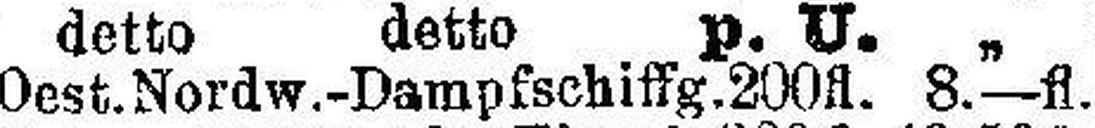
Oest. Nordw.-Dampfschiffg. 200 fl. 8.—fl.